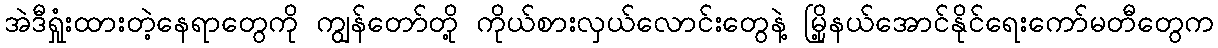
အဲဒီရှုံးထားတဲ့နေရာတွေကို ကျွန်တော်တို့ ကိုယ်စားလှယ်လောင်းတွေနဲ့ မြို့နယ်အောင်နိုင်ရေးကော်မတီတွေက